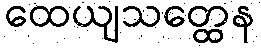
ထေယျသတ္ထေန